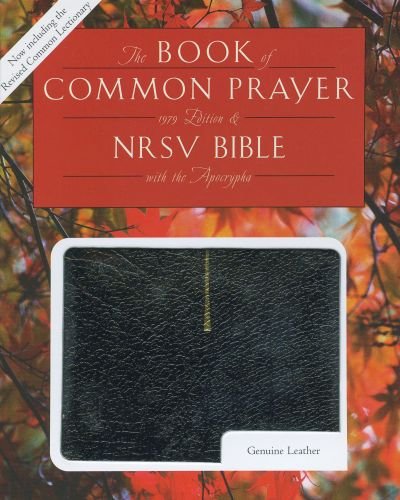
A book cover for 1979 Book of Common Prayer (RCL edition) and the New Revised Standard Version Bible with Apocrypha, black; Christian Books & Bibles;